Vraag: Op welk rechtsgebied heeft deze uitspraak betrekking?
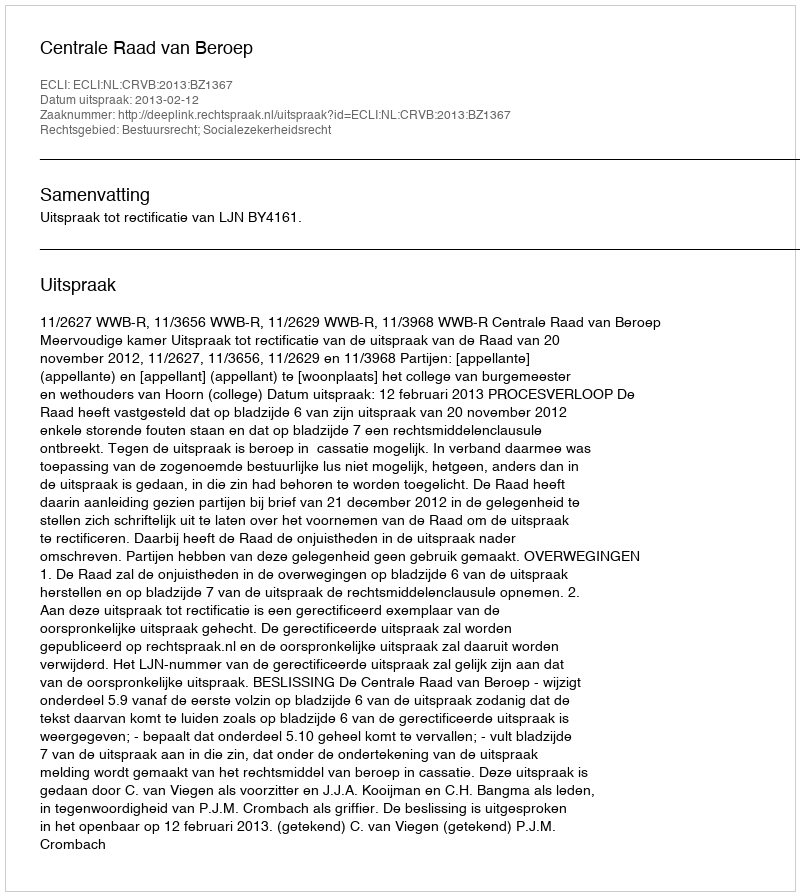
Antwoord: Bestuursrecht; Socialezekerheidsrecht